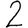
Digit: 2